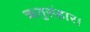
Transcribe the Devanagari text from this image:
ऋतुसंहार।